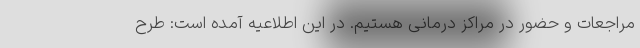
مراجعات و حضور در مراکز درمانی هستیم. در این اطلاعیه آمده است: طرح